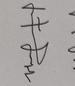
Signature authenticity: genuine